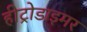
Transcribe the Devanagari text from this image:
हीट्रोडाइमर